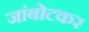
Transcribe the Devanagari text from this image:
जांबोटकर